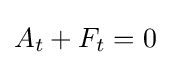
A_{t}+F_{t}=0